Lunatic asylums Central Provinces reports 1874-1885 - 1874-1885
Year: 1874
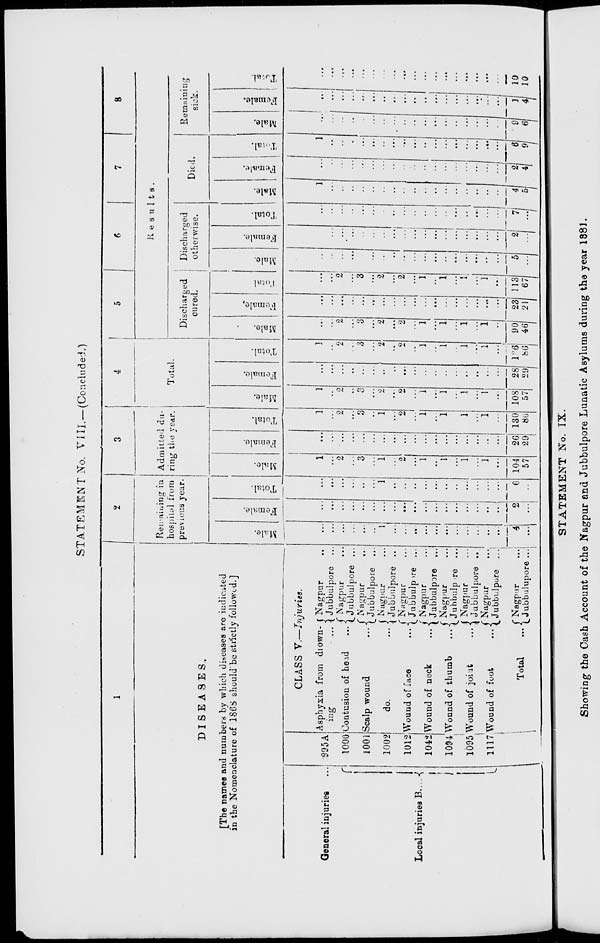
STATEMENT No. VIII.—(Concluded.)
1
DISEASES.
[The names and numbers by which diseases are indicated
in the Nomenclature of 1868 should be strictly followed.]
General injuries ...
Local injuries B ...
995A
1000
1001
1002
1012
1042
1094
1095
1117
CLASS V.—Injuries.
Asphyxia from drown-
ing
...
Contusion of head ...
Scalp wound
...
do.
...
Wound of face
...
Wound of neck
...
Wound of thumb
...
Wound of joint
...
Wound of foot
...
Total
...
Nagpur ...
Jubbulpore ...
Nagpur ...
Jubbulpore ...
Nagpur ...
Jubbulpore ...
Nagpur ...
Jubbulpore ...
Nagpur ...
Jubbulpore ...
Nagpur ...
Jubbulpore ...
Nagpur ...
Jubbulpore ...
Nagpur ...
Jubbulpore ...
Nagpur ...
Jubbulpore ...
Nagpur
...
Jubbulupore ...
2
Remaining in
hospital from
previous year.
Male.
...
...
...
...
...
...
1
...
...
...
...
...
...
...
...
...
...
...
4
...
Female.
...
...
...
...
...
...
...
...
...
...
...
...
...
...
...
...
...
...
2
...
Total.
...
...
...
...
...
...
1
...
...
...
...
...
...
...
...
...
...
...
6
...
3
Admitted du-
ring the year.
Male.
1
...
2
...
3
...
1
...
2
...
1
...
1
...
1
...
1
...
104
57
Female.
...
...
...
...
...
...
...
...
...
...
...
...
...
...
...
...
...
...
26
29
Total.
1
...
2
...
3
...
1
...
2
...
1
...
1
...
1
...
1
...
130
86
4
Total.
Male.
1
...
2
...
3
...
2
...
2
...
1
...
1
...
1
...
1
...
108
57
Female.
...
...
...
...
...
...
...
...
...
...
...
...
...
...
...
...
...
...
28
29
Total.
1
...
2
...
3
...
2
...
2
...
1
...
1
...
1
...
1
...
136
86
5
6
7
8
Results.
Discharged
cured.
Male.
...
...
2
...
3
...
2
...
2
...
1
...
1
...
1
...
1
...
90
46
Female.
...
...
...
...
...
...
...
...
...
...
...
...
...
...
...
...
...
...
23
21
Total.
...
...
2
...
3
...
2
...
2
...
1
...
1
...
1
...
1
...
113
67
Discharged
otherwise.
Male.
...
...
...
...
...
...
...
...
...
...
...
...
...
...
...
...
...
...
5
...
Female.
...
...
...
...
...
...
...
...
...
...
...
...
...
...
...
...
...
...
2
...
Total.
...
...
...
...
...
...
...
...
...
...
...
...
...
...
...
...
...
...
7
...
Died.
Male.
1
...
...
...
...
...
...
...
...
...
...
...
...
...
...
...
...
...
4
5
Female.
...
...
...
...
...
...
...
...
...
...
...
...
...
...
...
...
...
...
2
4
Total.
1
...
...
...
...
...
...
...
...
...
...
...
...
...
...
...
...
...
6
9
Remaining
sick.
Male.
...
...
...
...
...
...
...
...
...
...
...
...
...
...
...
...
...
...
9
6
Female.
...
...
...
...
...
...
...
...
...
...
...
...
...
...
...
...
...
...
1
4
Total.
...
...
...
...
...
...
...
...
...
...
...
...
...
...
...
...
...
...
10
10